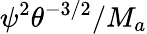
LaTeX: {\psi}^{2}\theta^{-3/2}/M_{a}